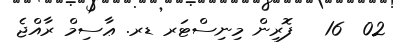
02  16   ފޮރިން މިނިސްޓަރ ޑރ. ޢާސިމް ރާއްޖެ